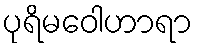
ပုရိမဝေါဟာရာ